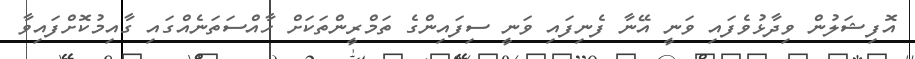
އޮފިޝަލުން ވިދާޅުވެފައި ވަނީ އޭނާ ފެނިފައި ވަނީ ސިފައިންގެ ތަމްރީންތަކަށް ހާއްސަތަނެއްގައި ގާއިމުކޮށްފައިވާ